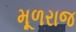
મૂળરાજ